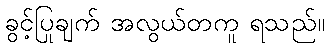
ခွင့်ပြုချက် အလွယ်တကူ ရသည်။